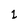
Character: 1